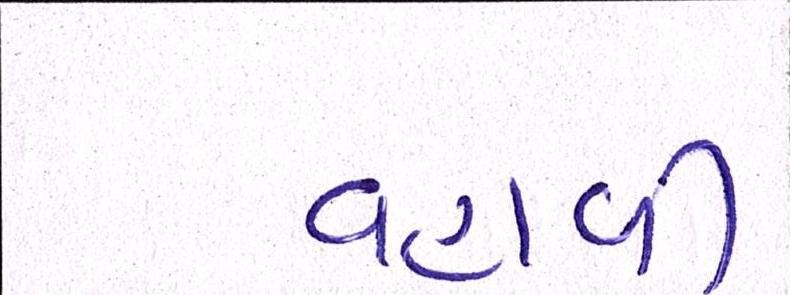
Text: વહાવી